Mental hospitals Bombay report 1929-33 - 1929-1933
Year: 1929
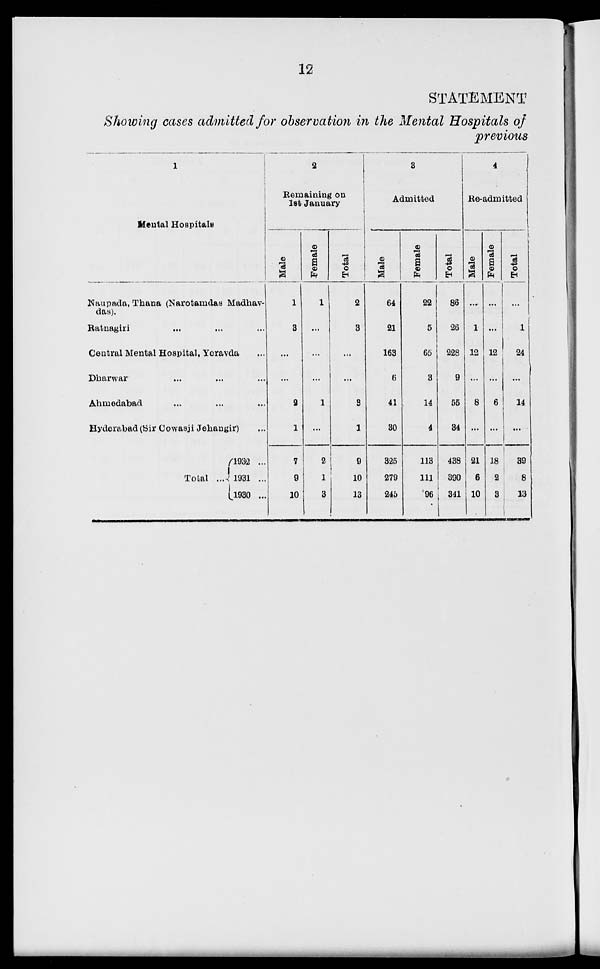
12
STATEMENT
Showing cases admitted for observation in the Mental Hospitals of
previous
1
Mental Hospitals
Naupada, Thana (Narotamdas Madhav-
das).
Ratnagiri ... ... ...
Central Mental Hospital, Yeravda ...
Dharwar ... ... ...
Ahmedabad ... ... ...
Hyderabad (Sir Cowasji Jehangir) ...
Total ...
1932 ...
1931 ...
1930 ...
2
Remaining on
1st January
Male
1
3
...
...
2
1
7
9
10
Female
1
...
...
...
1
...
2
1
3
Total
2
3
...
...
3
1
9
10
13
3
Admitted
Male
64
21
163
6
41
30
325
279
245
Female
22
5
65
3
14
4
113
111
96
Total
86
26
228
9
55
34
438
390
341
4
Re-admitted
Male
...
1
12
...
8
...
21
6
10
Female
...
...
12
...
6
...
18
2
3
Total
...
1
24
...
14
...
39
8
13